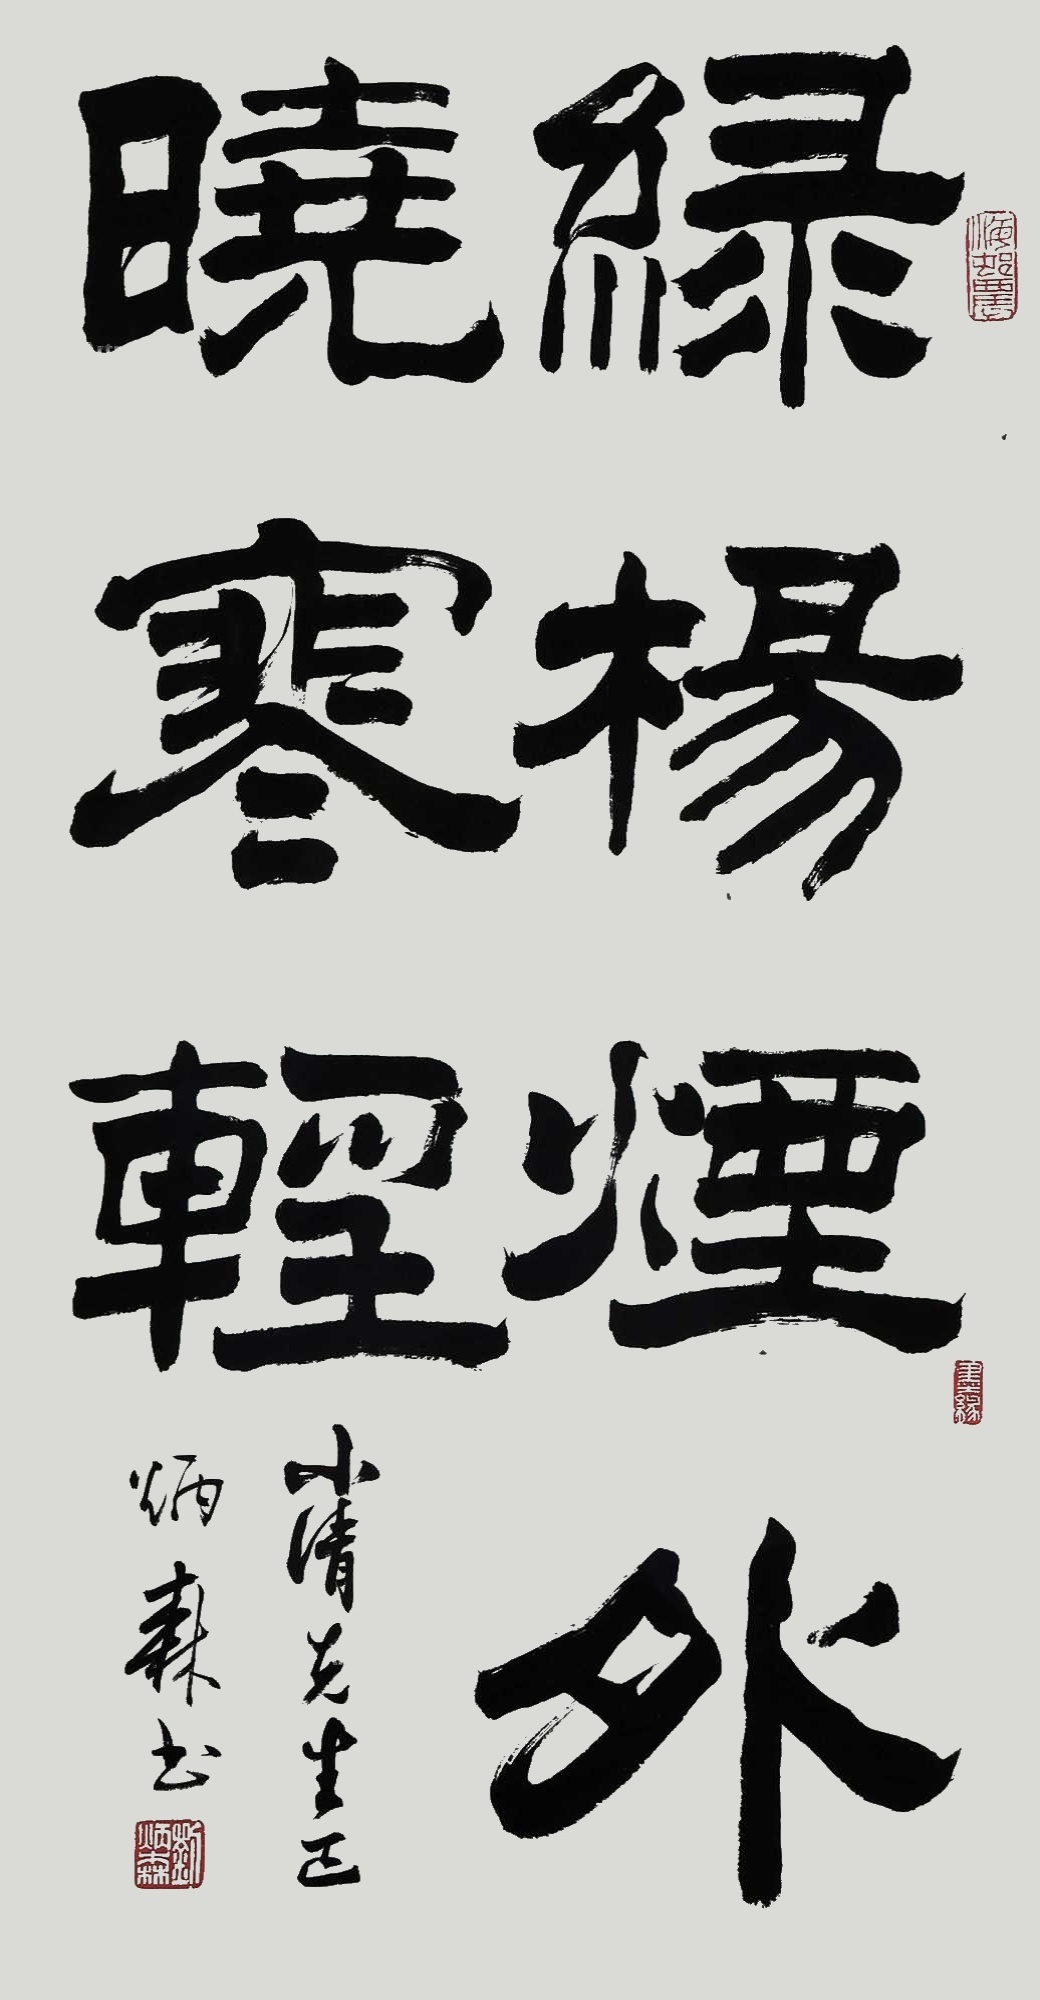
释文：绿杨烟外晓寒轻。小清先生正，炳森书。